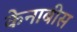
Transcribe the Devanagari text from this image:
केनाबीस